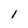
Character: 1